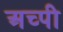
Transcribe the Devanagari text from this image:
अच्पी